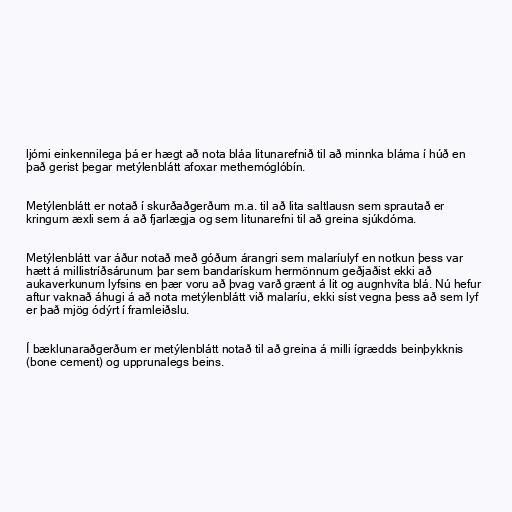
ljómi einkennilega þá er hægt að nota bláa litunarefnið til að minnka bláma í húð en
það gerist þegar metýlenblátt afoxar methemóglóbín.

Metýlenblátt er notað í skurðaðgerðum m.a. til að lita saltlausn sem sprautað er
kringum æxli sem á að fjarlægja og sem litunarefni til að greina sjúkdóma.

Metýlenblátt var áður notað með góðum árangri sem malaríulyf en notkun þess var
hætt á millistríðsárunum þar sem bandarískum hermönnum geðjaðist ekki að
aukaverkunum lyfsins en þær voru að þvag varð grænt á lit og augnhvíta blá. Nú hefur
aftur vaknað áhugi á að nota metýlenblátt við malaríu, ekki síst vegna þess að sem lyf
er það mjög ódýrt í framleiðslu.

Í bæklunaraðgerðum er metýlenblátt notað til að greina á milli ígrædds beinþykknis
(bone cement) og upprunalegs beins.